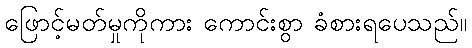
ဖြောင့်မတ်မှုကိုကား ကောင်းစွာ ခံစားရပေသည်။